Civil Veterinary Dept. Bombay admin report 1907-1913 - 1907-1913
Year: 1907
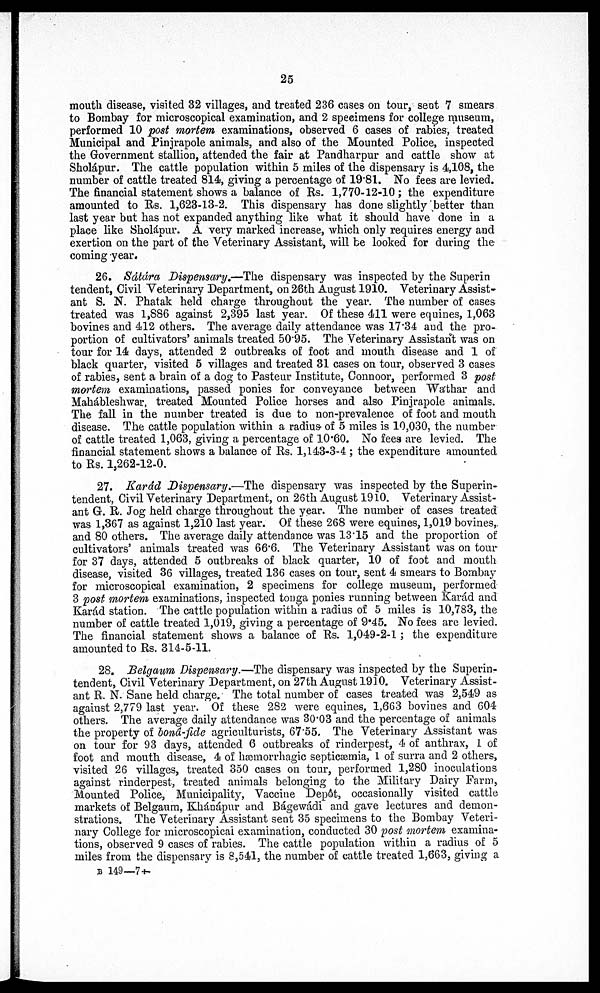
25
mouth disease, visited 32 villages, and treated 236 cases on tour, sent 7 smears
to Bombay for microscopical examination, and 2 specimens for college museum,
performed 10 post mortem examinations, observed 6 cases of rabies, treated
Municipal and Pinjrapole animals, and also of the Mounted Police, inspected
the Government stallion, attended the fair at Pandharpur and cattle show at
Sholápur. The cattle population within 5 miles of the dispensary is 4,108, the
number of cattle treated 814, giving a percentage of 19.81. No fees are levied.
The financial statement shows a balance of Rs. 1,770-12-10; the expenditure
amounted to Rs. 1,623-13-2. This dispensary has done slightly better than
last year but has not expanded anything like what it should have done in a
place like Sholápur. A very marked increase, which only requires energy and
exertion on the part of the Veterinary Assistant, will be looked for during the
coming year.
26. Sátára Dispensary,—The dispensary was inspected by the Superin
tendent, Civil Veterinary Department, on 26th August 1910. Veterinary Assist.
ant S. N. Phatak held charge throughout the year. The number of cases
treated was 1,886 against 2,395 last year. Of these 411 were equines, 1,063
bovines and 412 others. The average daily attendance was 17.34 and the pro-
portion of cultivators' animals treated 5095. The Veterinary Assistant was on
tour for 14 days, attended 2 outbreaks of foot and mouth disease and 1 of
black quarter, visited 5 villages and treated 31 cases on tour, observed 3 cases
of rabies, sent a brain of a dog to Pasteur Institute, Connoor, performed 3 post
mortem examinations, passed ponies for conveyance between Wathar and
Mahábleshwar, treated Mounted Police horses and also Pinjrapole animals.
The fall in the number treated is due to non-prevalence of foot and mouth
disease. The cattle population within a radius of 5 miles is 10,030, the number
of cattle treated 1,063, giving a percentage of 10.60. No fees are levied. The
financial statement shows a balance of Rs. 1,143-3-4 ; the expenditure amounted
to Rs. 1,262-12-0.
27. Karád Dispensary.—The dispensary was inspected by the Superin-
tendent, Civil Veterinary Department, on 26th August 1910. Veterinary Assist-
ant G. R. Jog held charge throughout the year. The number of cases treated
was 1,367 as against 1,210 last year. Of these 268 were equines, 1,019 bovines,
and 80 others. The average daily attendance was 13.15 and the proportion of
cultivators' animals treated was 66.6. The Veterinary Assistant was on tour
for 37 days, attended 5 outbreaks of black quarter, 10 of foot and mouth
disease, visited 36 villages, treated 136 cases on tour, sent 4 smears to Bombay
for microscopical examination, 2 specimens for college museum, performed
3 post mortem examinations, inspected tonga ponies running between Karád and
Karád station. The cattle population within a radius of 5 miles is 10,783, the
number of cattle treated 1,019, giving a percentage of 9.45. No fees are levied.
The financial statement shows a balance of Rs. 1,049-2-1 ; the expenditure
amounted to Rs. 314-5-11.
28. Belgaum Dispensary.—The dispensary was inspected by the Superin-
tendent, Civil Veterinary Department, on 27th August 1910. Veterinary Assist-
ant R. N. Sane held charge. The total number of cases treated was 2,549 as
against 2,779 last year. Of these 282 were equines, 1,663 bovines and 604
others. The average daily attendance was 30.03 and the percentage of animals
the property of boná-fide agriculturists, 67'55. The Veterinary Assistant was
on tour for 93 days, attended 6 outbreaks of rinderpest, 4 of anthrax, 1 of
foot and mouth disease, 4 of hæmorrhagic septicæmia, 1 of surra and 2 others,
visited 26 villages, treated 350 cases on tour, performed 1,280 inoculations
against rinderpest, treated animals belonging to the Military Dairy Farm,
Mounted Police, Municipality, Vaccine Dep6t, occasionally visited cattle
markets of Belgaum, Khánápur and Bágewádi and gave lectures and demon-
strations. The Veterinary Assistant sent 35 specimens to the Bombay Veteri-
nary College for microscopical examination, conducted 30 post mortem examina-
tions, observed 9 cases of rabies. The cattle population within a radius of 5
miles from the dispensary is 8,541, the number of cattle treated 1,663, giving a
B 149—7†